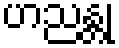
ဟညန္တု